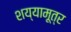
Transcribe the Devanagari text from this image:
शय्यामूत्र